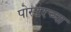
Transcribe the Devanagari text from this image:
पोस्टरच्या